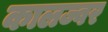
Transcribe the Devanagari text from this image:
कालज्वर